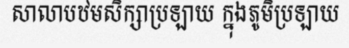
សាលាបឋមសិក្សាប្រឡាយ ក្នុងភូមិប្រឡាយ